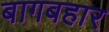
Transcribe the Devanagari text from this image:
बागबहार